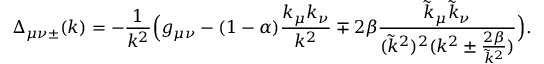
\Delta _ { \mu \nu \pm } ( k ) = - \frac 1 { k ^ { 2 } } \Big ( g _ { \mu \nu } - ( 1 - \alpha ) \frac { k _ { \mu } k _ { \nu } } { k ^ { 2 } } \mp 2 \beta \frac { \tilde { k } _ { \mu } \tilde { k } _ { \nu } } { ( \tilde { k } ^ { 2 } ) ^ { 2 } ( k ^ { 2 } \pm \frac { 2 \beta } { \tilde { k } ^ { 2 } } ) } \Big ) .